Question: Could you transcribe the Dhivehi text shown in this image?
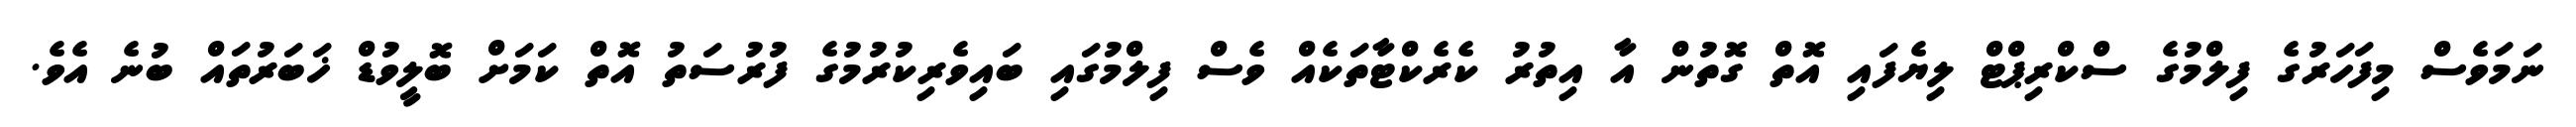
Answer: ނަމަވެސް މިފަހަރުގެ ފިލްމުގެ ސްކްރިޕްޓް ލިޔެފައި އޮތް ގޮތުން އާ އިތުރު ކެރެކްޓާތަކެއް ވެސް ފިލްމުގައި ބައިވެރިކުރުމުގެ ފުރުސަތު އޮތް ކަމަށް ބޮލީވުޑް ޚަބަރުތައް ބުނެ އެވެ.